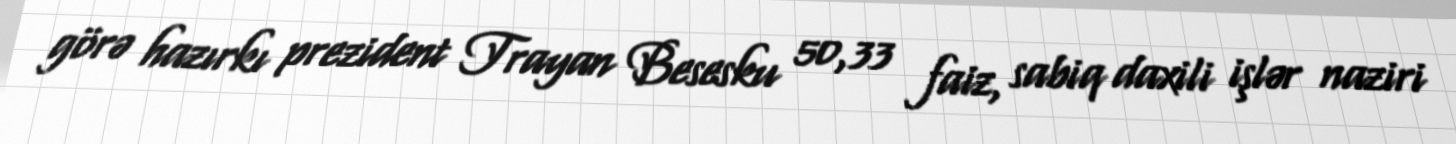
görə hazırkı prezident Trayan Besesku 50,33 faiz, sabiq daxili işlər naziri